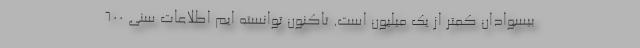
بیسوادان کمتر از یک میلیون است. تاکنون توانسته ایم اطلاعات سنی ۶۰۰